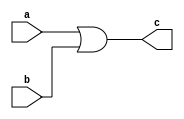
module project_template(a,b,c);
       input a,b;
       output c;
       assign c=a|b;
endmodule